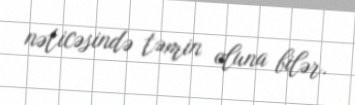
nəticəsində təmin oluna bilər.